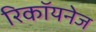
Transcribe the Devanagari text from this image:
रिकॉयनेज